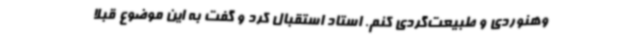
وهنوردی و طبیعت‌گردی کنم. استاد استقبال کرد و گفت به این موضوع قبلاً